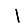
Digit: 1